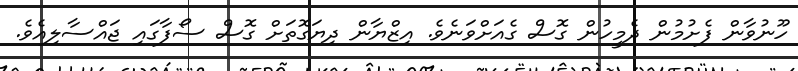
ހޫނުވާން ފެށުމުން ދެމީހުން ގޮސް ގެއަށްވަނެވެ. އިޒްޔާން ދިޔަގޮތަށް ގޮސް ސޯފާގައި ޖައްސާލިއެވެ.